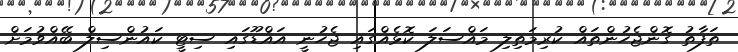
ތަފާތު ގޮންޖެހުންތައް ކުރިމަތިލި މައްސަލަ ކޮޅެއްގައި ޖެހުނީ އައްޑޫގައި ސިޓީ ކައުންސިލް ބޭއްވުމަށް